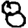
Digit: 8